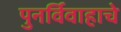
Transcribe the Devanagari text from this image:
पुनर्विवाहाचे